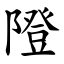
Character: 隥